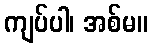
ကျပ်ပါ၊ အစ်မ။